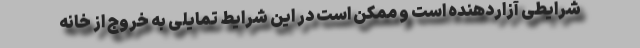
شرایطی آزاردهنده است و ممکن است در این شرایط تمایلی به خروج از خانه